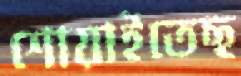
শোয়াইতেছ